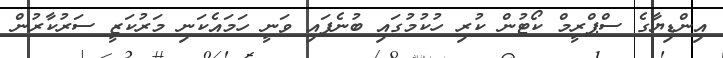
އިންޑިޔާގެ ސްޕްރީމް ކޯޓުން ކުރި ހުކުމުގައި ބުނެފައި ވަނީ ހަމައެކަނި މަރުކަޒީ ސަރުކާރުން